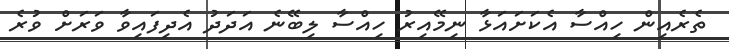
ތެރެއިން ހިއްސާ އެކަށައަޅާ ނިމޭއިރު ހިއްސާ ލިބޭނެ އަދަދު އެދިފައިވާ ވަރަށް ވުރެ